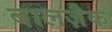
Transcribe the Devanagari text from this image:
बालज़ैक